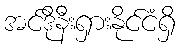
အင်ဒိုနီးရှားနိုင်ငံရှိ